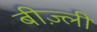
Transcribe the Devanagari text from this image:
बीज़्ली